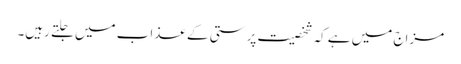
مزاج میں ہے کہ شخصیت پرستی کے عذاب میں جلتے رہیں۔